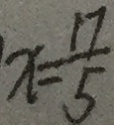
x = \frac { 1 7 } { 5 }